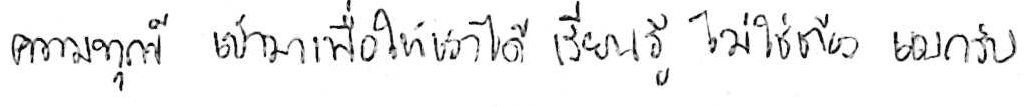
ความทุกข์ เข้ามาเพื่อให้เราได้ เรียนรู้ ไม่ใช่ต้อง แบกรับ